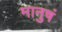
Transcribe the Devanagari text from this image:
मानुषं